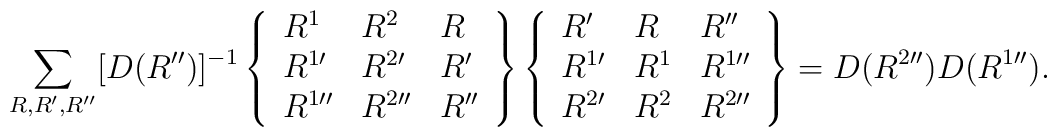
\sum_{R, R^\prime, R^{\prime \prime}} [D(R^{\prime \prime})]^{-1} \left \{ \begin{array}{lll}R^1 & R^2 & R \\R^{1 \prime} & R^{2 \prime} & R^{\prime} \\R^{1 \prime \prime} & R^{2 \prime \prime} & R^{\prime \prime} \end{array} \right \} \left \{ \begin{array} {lll}R^\prime & R & R^{\prime \prime} \\R^{1 \prime} & R^1 & R^{1 \prime \prime} \\R^{2 \prime} & R^2 & R^{2 \prime \prime} \end{array} \right \} = D(R^{2 \prime \prime}) D(R^{1 \prime \prime}).